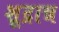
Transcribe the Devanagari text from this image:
शूद्रान्न